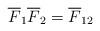
LaTeX: \begin{align*}\overline{F}_1\overline{F}_2=\overline{F}_{12}\end{align*}